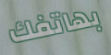
بهاتفك